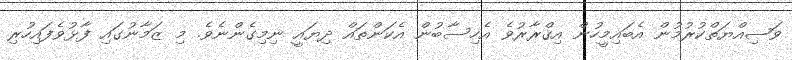
ވަޞިއްޔަތްކުރުމުން އެބައިމީހުން އިޤްރާރުވެ އެހިސާބުން އެކަންތައް ދިޔައީ ނިމިގެންނެވެ. މި ޒަމާނުގައި ފާޅުވެފައިހުރި